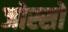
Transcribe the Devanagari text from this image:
जोस्सो